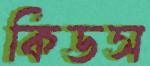
কিডস